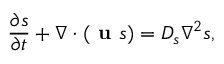
\frac { \partial s } { \partial t } + \nabla \cdot ( \textbf { u } s ) = D _ { s } { \nabla } ^ { 2 } s ,